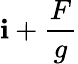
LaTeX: \mathbf{i}+\frac{{F}}{{g}}